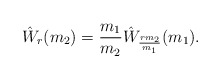
\begin{align*}\hat W_r(m_2) = \frac{m_1}{m_2}\hat W_{\frac{rm_2}{m_1}}(m_1).\end{align*}